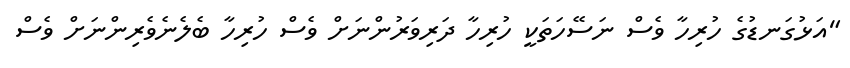
"އަޅުގަނޑުގެ ހުރިހާ ވެސް ނަސޭހަތަކީ ހުރިހާ ދަރިވަރުންނަށް ވެސް ހުރިހާ ބެލެނެވެރިންނަށް ވެސް